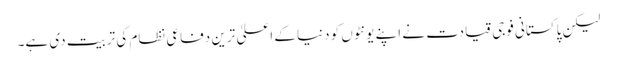
لیکن پاکستانی فوجی قیادت نے اپنے یونٹوں کو دنیا کے اعلیٰ ترین دفاعی نظام کی تربیت دی ہے۔